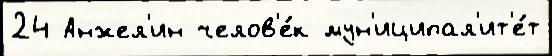
24 Анжел'ин челов'е́к мун'иципал'ит'е́т